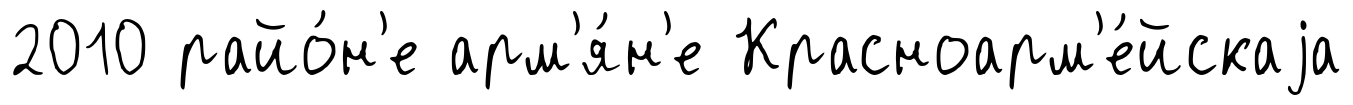
2010 райо́н'е арм'я́н'е Красноарм'е́йскаjа